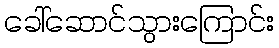
ခေါ်ဆောင်သွားကြောင်း